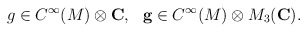
\begin{align*}g \in C^{\infty}(M) \otimes {\bf C},~~{\bf g} \in C^{\infty}(M)\otimes M_{3}({\bf C}).\end{align*}